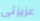
عزيزتى